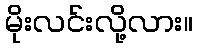
မိုးလင်းလို့လား။